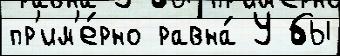
пр'им'е́рно равна́ У бы